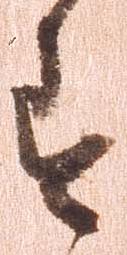
す